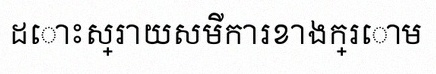
ដោះស្រាយសមីការខាងក្រោម